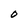
Character: O